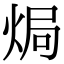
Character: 焗